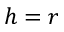
h = r